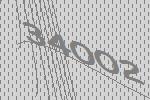
34002